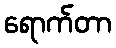
ရောက်တာ